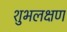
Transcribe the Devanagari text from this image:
शुभलक्षण